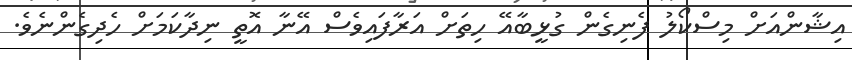
އިޝާންއަށް މިސްކޯލު ފެނިގެން ގުޅީބާއޭ ހިތަށް އަރާފައިވެސް އޭނާ އޮތީ ނިދާކަމަށް ހެދިގެންނެވެ.